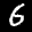
Label: 6